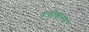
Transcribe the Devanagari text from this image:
वगीर्करण